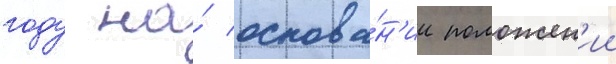
году на́ основа́н'ии положен'ии